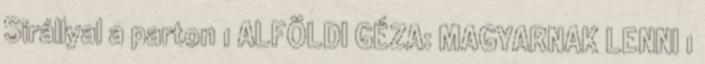
Sirállyal a parton 1 ALFÖLDI GÉZA: MAGYARNAK LENNI 1